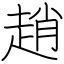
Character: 趙